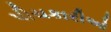
પીચકારીઓ